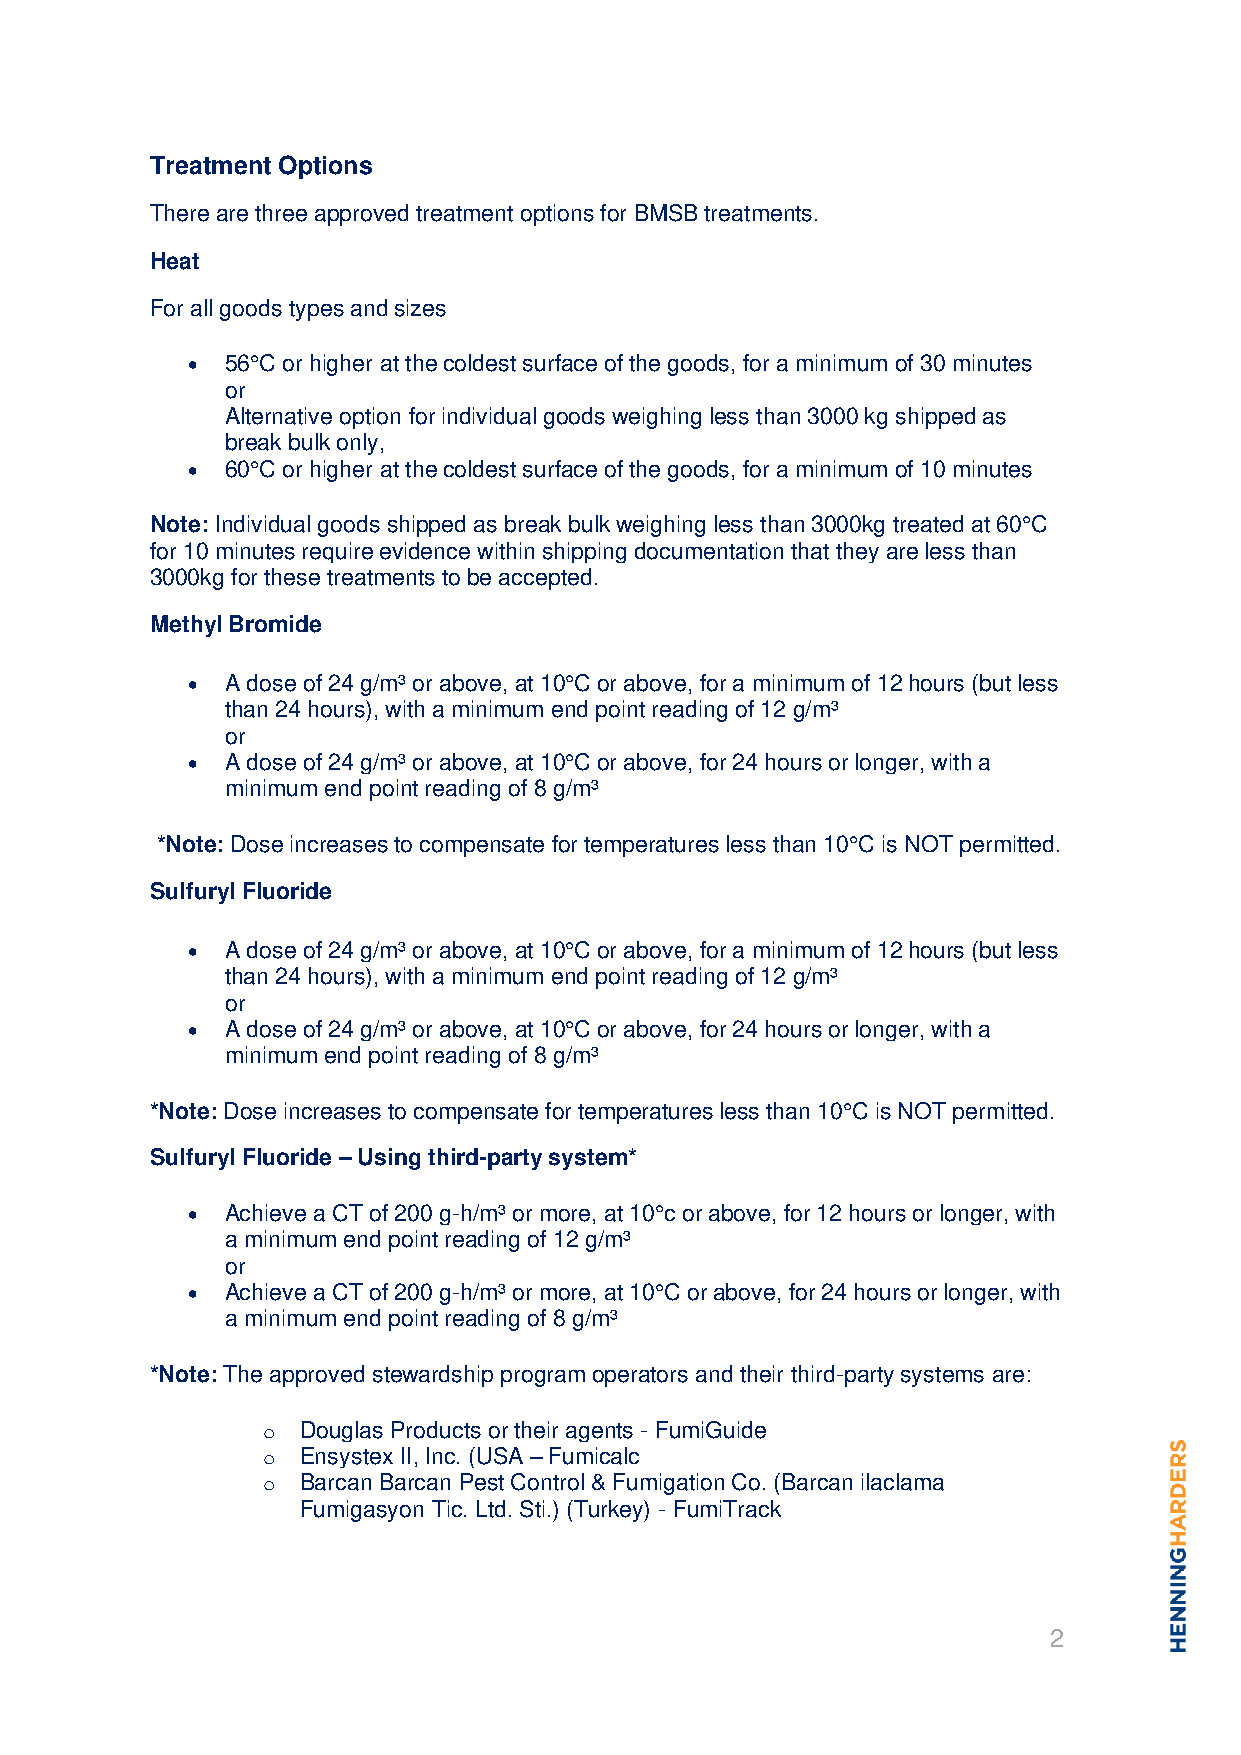
Treatment Options
 There are three approved treatment options for BMSB treatments.
 Heat
 For all goods types and sizes
 •  56°C or higher at the coldest surface of the goods, for a minimum of 30 minutes
 or
 Alternative option for individual goods weighing less than 3000 kg shipped as
 break bulk only,
 •  60°C or higher at the coldest surface of the goods, for a minimum of 10 minutes
 Note: Individual goods shipped as break bulk weighing less than 3000kg treated at 60°C
 for 10 minutes require evidence within shipping documentation that they are less than
 3000kg for these treatments to be accepted.
 Methyl Bromide
 •  A dose of 24 g/m³ or above, at 10°C or above, for a minimum of 12 hours (but less
 than 24 hours), with a minimum end point reading of 12 g/m³
 or
 •  A dose of 24 g/m³ or above, at 10°C or above, for 24 hours or longer, with a
 minimum end point reading of 8 g/m³
 *Note: Dose increases to compensate for temperatures less than 10°C is NOT permitted.
 Sulfuryl Fluoride
 •  A dose of 24 g/m³ or above, at 10°C or above, for a minimum of 12 hours (but less
 than 24 hours), with a minimum end point reading of 12 g/m³
 or
 •  A dose of 24 g/m³ or above, at 10°C or above, for 24 hours or longer, with a
 minimum end point reading of 8 g/m³
 *Note: Dose increases to compensate for temperatures less than 10°C is NOT permitted.
 Sulfuryl Fluoride – Using third-party system*
 •  Achieve a CT of 200 g-h/m³ or more, at 10°c or above, for 12 hours or longer, with
 a minimum end point reading of 12 g/m³
 or
 •  Achieve a CT of 200 g-h/m³ or more, at 10°C or above, for 24 hours or longer, with
 a minimum end point reading of 8 g/m³
 *Note: The approved stewardship program operators and their third-party systems are:
 o  Douglas Products or their agents - FumiGuide
 o  Ensystex II, Inc. (USA – Fumicalc
 o  Barcan Barcan Pest Control & Fumigation Co. (Barcan ilaclama
 Fumigasyon Tic. Ltd. Sti.) (Turkey) - FumiTrack
 2